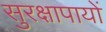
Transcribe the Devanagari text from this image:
सुरक्षापायों